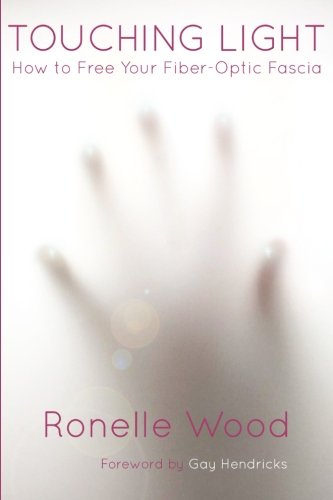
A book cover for Touching Light: How to Free Your Fiber-Optic Fascia; Ronelle Wood; Health, Fitness & Dieting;